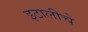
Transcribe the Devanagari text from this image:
इटालीचे